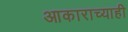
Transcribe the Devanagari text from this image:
आकाराच्याही